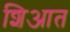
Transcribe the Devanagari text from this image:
शिआत